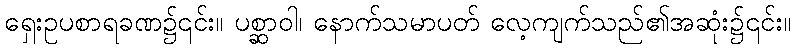
ရှေးဥပစာရခဏ၌၎င်း။ ပစ္ဆာဝါ၊ နောက်သမာပတ် လေ့ကျက်သည်၏အဆုံး၌၎င်း။